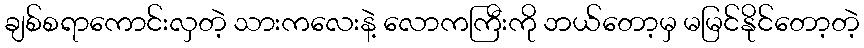
ချစ်စရာကောင်းလှတဲ့ သားကလေးနဲ့ လောကကြီးကို ဘယ်တော့မှ မမြင်နိုင်တော့တဲ့